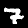
Digit: 7